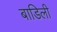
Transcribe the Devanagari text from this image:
बाडिली